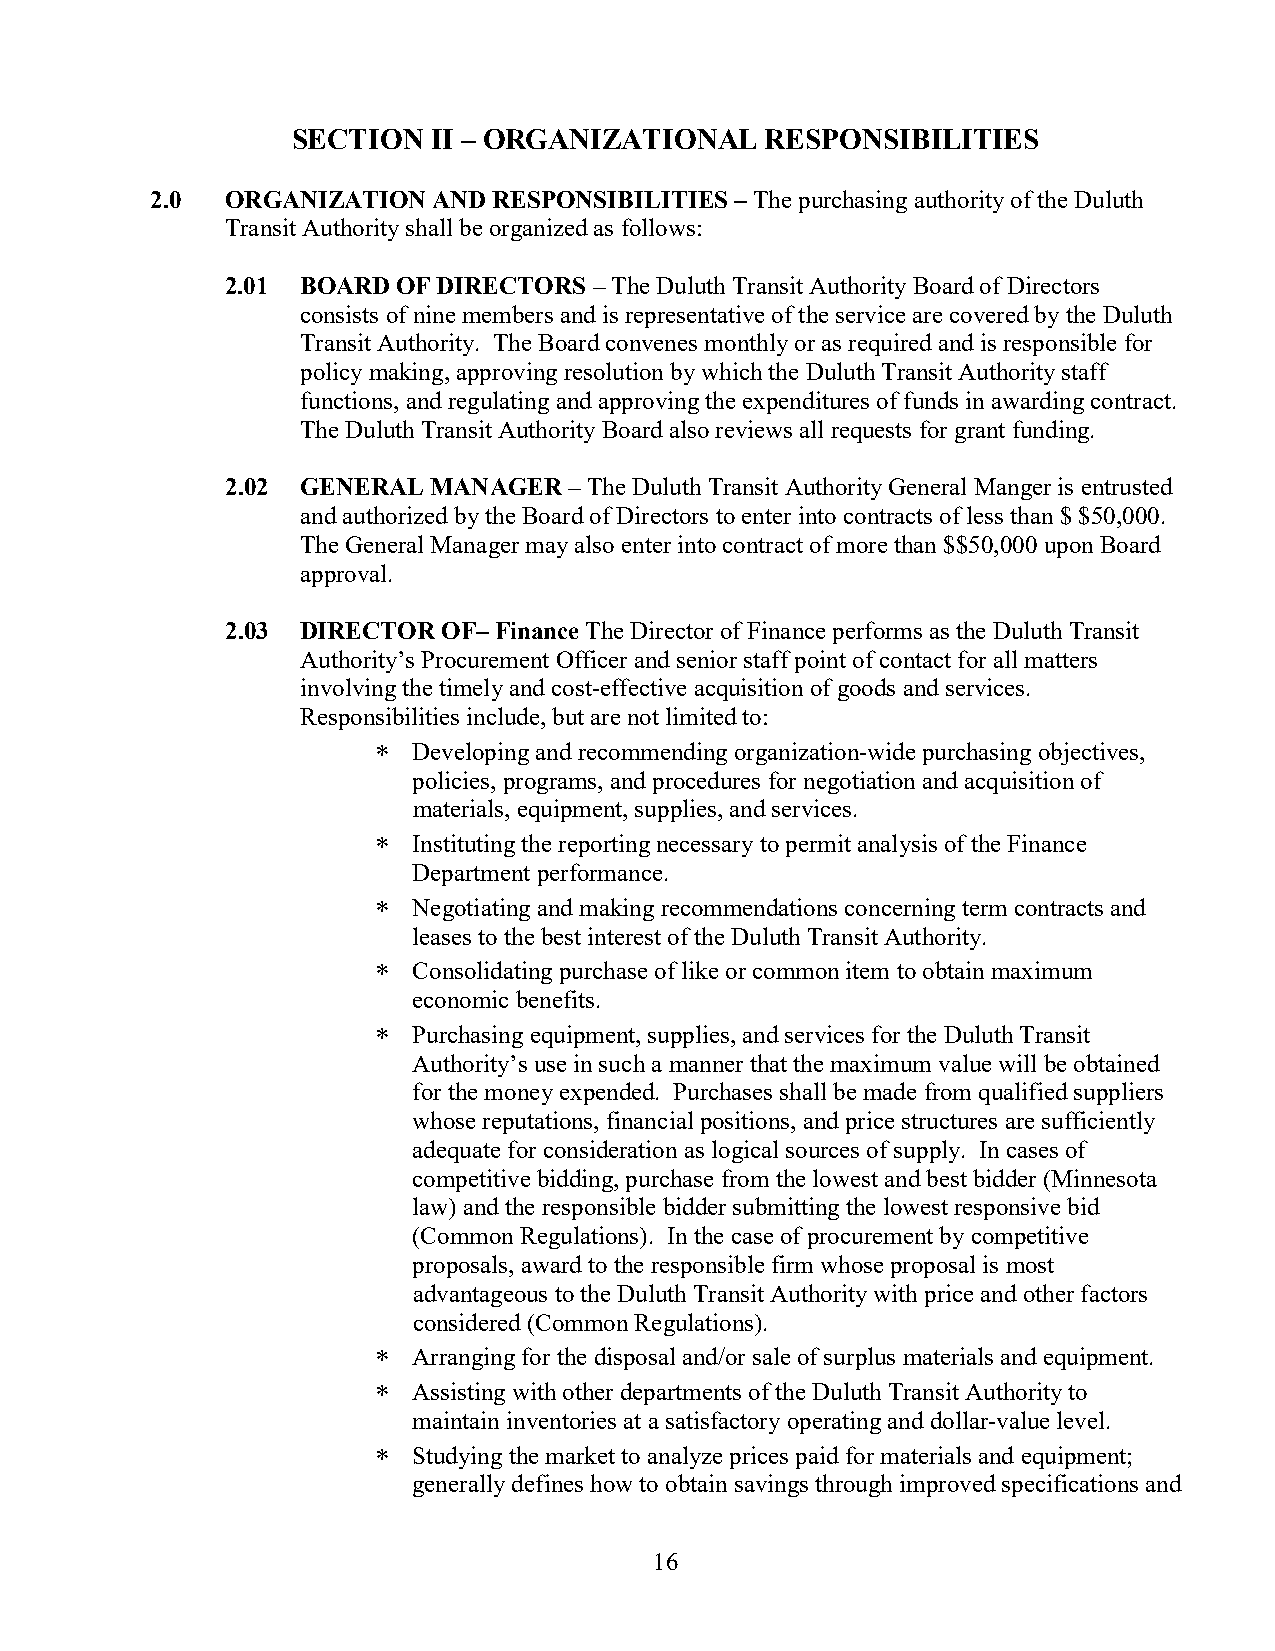
SECTION   II – ORGANIZATIONAL   RESPONSIBILITIES
 2.0  ORGANIZATION  AND RESPONSIBILITIES – The purchasing authority of the Duluth
 Transit Authority shall be organized as follows:
 2.01 BOARD OF DIRECTORS – The Duluth Transit Authority Board of Directors
 consists of nine members and is representative of the service are covered by the Duluth
 Transit Authority. The Board convenes monthly or as required and is responsible for
 policy making, approving resolution by which the Duluth Transit Authority staff
 functions, and regulating and approving the expenditures of funds in awarding contract.
 The Duluth Transit Authority Board also reviews all requests for grant funding.
 2.02 GENERAL MANAGER   – The Duluth Transit Authority General Manger is entrusted
 and authorized by the Board of Directors to enter into contracts of less than $ $50,000.
 The General Manager may also enter into contract of more than $$50,000 upon Board
 approval.
 2.03 DIRECTOR OF– Finance The Director of Finance performs as the Duluth Transit
 Authority’s Procurement Officer and senior staff point of contact for all matters
 involving the timely and cost-effective acquisition of goods and services.
 Responsibilities include, but are not limited to:
 ∗ Developing and recommending organization-wide purchasing objectives,
 policies, programs, and procedures for negotiation and acquisition of
 materials, equipment, supplies, and services.
 ∗ Instituting the reporting necessary to permit analysis of the Finance
 Department performance.
 ∗ Negotiating and making recommendations concerning term contracts and
 leases to the best interest of the Duluth Transit Authority.
 ∗ Consolidating purchase of like or common item to obtain maximum
 economic benefits.
 ∗ Purchasing equipment, supplies, and services for the Duluth Transit
 Authority’s use in such a manner that the maximum value will be obtained
 for the money expended. Purchases shall be made from qualified suppliers
 whose reputations, financial positions, and price structures are sufficiently
 adequate for consideration as logical sources of supply. In cases of
 competitive bidding, purchase from the lowest and best bidder (Minnesota
 law) and the responsible bidder submitting the lowest responsive bid
 (Common Regulations). In the case of procurement by competitive
 proposals, award to the responsible firm whose proposal is most
 advantageous to the Duluth Transit Authority with price and other factors
 considered (Common Regulations).
 ∗ Arranging for the disposal and/or sale of surplus materials and equipment.
 ∗ Assisting with other departments of the Duluth Transit Authority to
 maintain inventories at a satisfactory operating and dollar-value level.
 ∗ Studying the market to analyze prices paid for materials and equipment;
 generally defines how to obtain savings through improved specifications and
 16